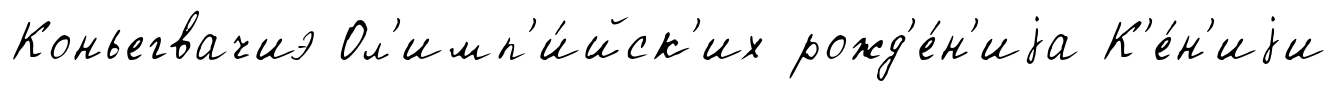
Коньегвачиэ Ол'имп'и́йск'их рожд'е́н'иjа К'е́н'иjи